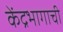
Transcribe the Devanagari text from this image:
केंद्रभागाची